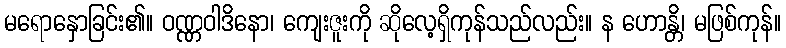
မရောနှောခြင်း၏။ ဝဏ္ဏဝါဒိနော၊ ကျေးဇူးကို ဆိုလေ့ရှိကုန်သည်လည်း။ န ဟောန္တိ၊ မဖြစ်ကုန်။